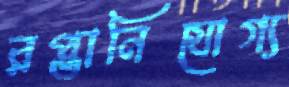
রপ্তানিযোগ্য